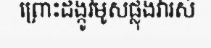
ព្រោះដង្កូវមូសផ្លុងវារស់